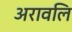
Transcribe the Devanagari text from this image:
अरावलि